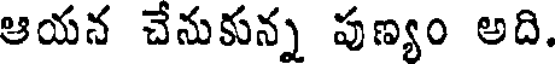
ఆయన చేనుకున్న పుణ్యం అది.